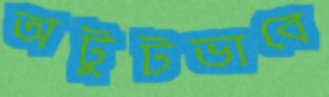
অটুটভাবে